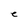
Character: e